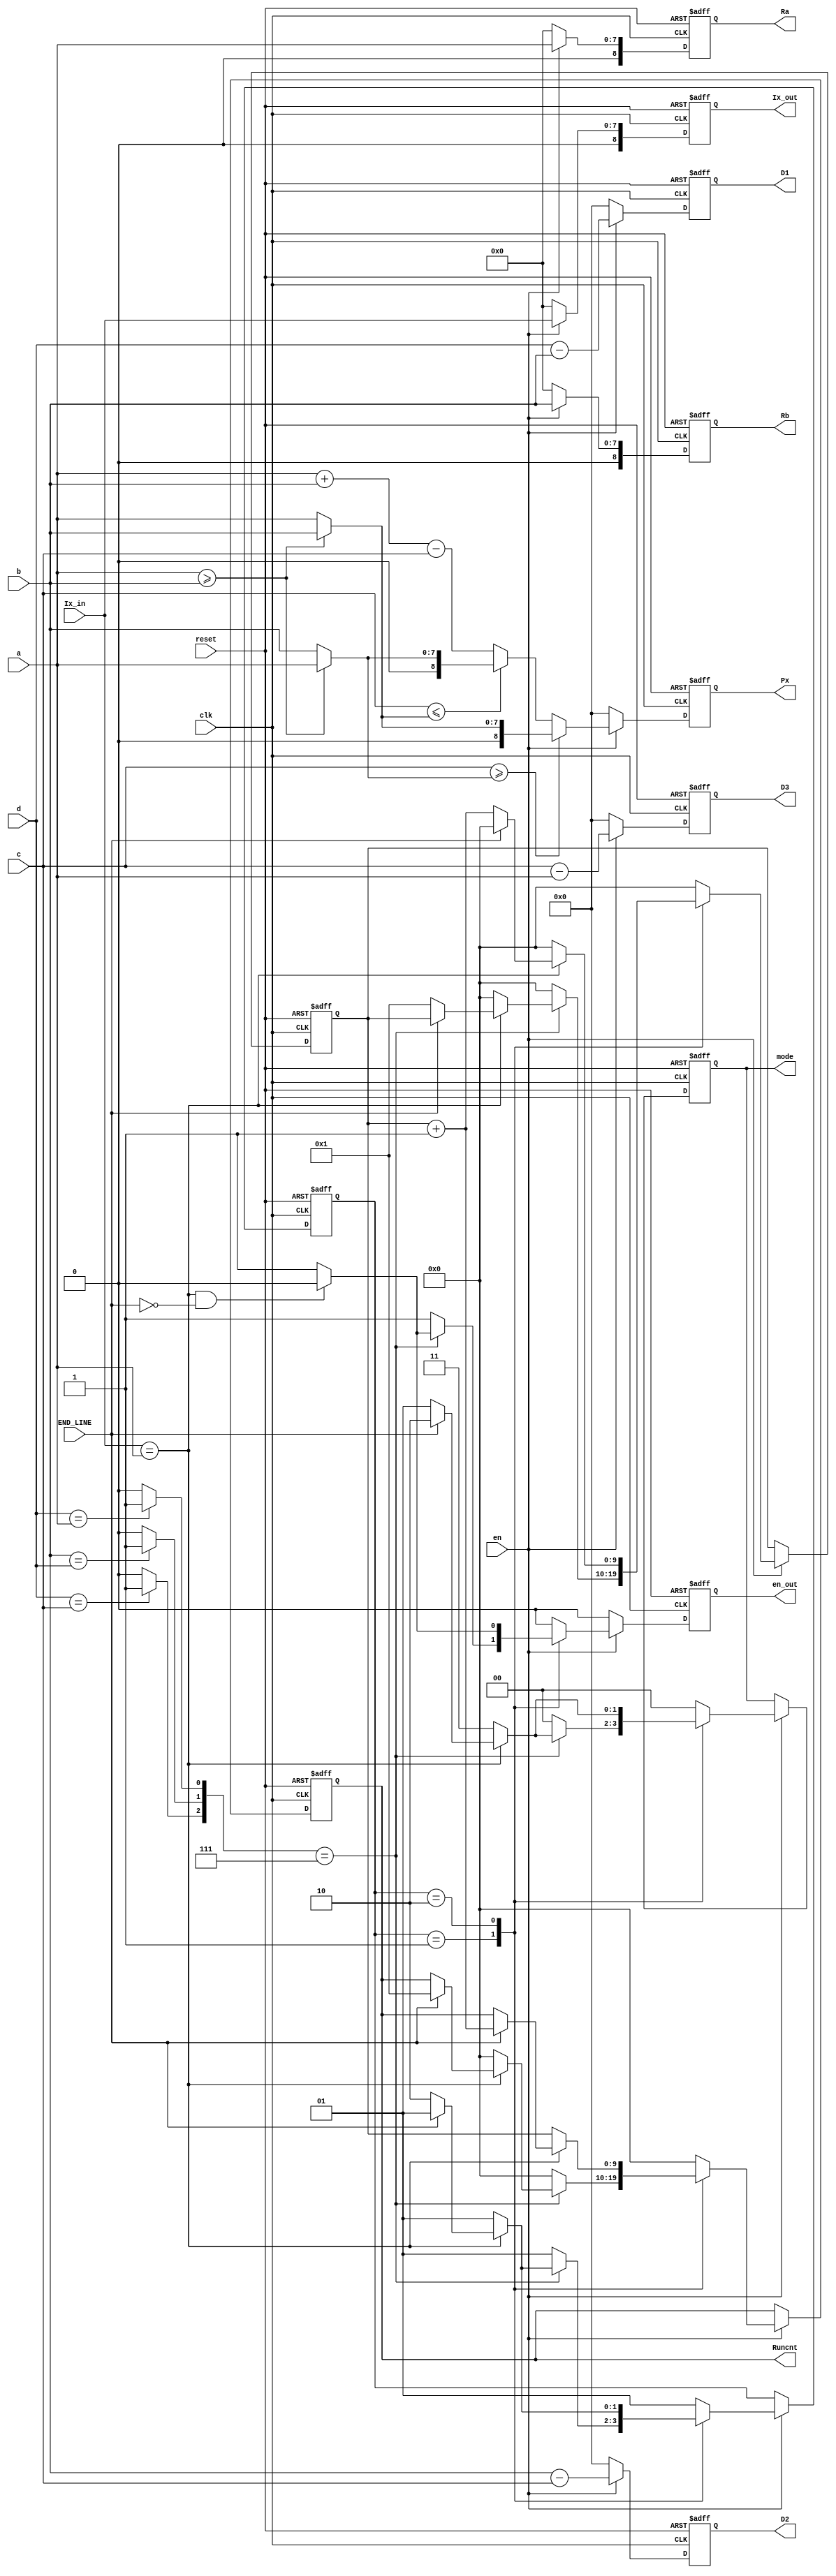
module mode_decide(clk, reset, en,END_LINE,
                   Ix_in, a, b, c, d,
				   D1,D2,D3,
				   mode,Px,Ix_out,Runcnt,Ra,Rb,en_out);
    input clk;
    input reset;
    input en;
	input END_LINE;// if '1',stand for the last pixel of line
    input  [7:0] Ix_in;
    input  [7:0] a;
	input  [7:0] b;
	input  [7:0] c;
	input  [7:0] d;
	
	output [8:0] D1;
	output [8:0] D2;
	output [8:0] D3;
    output [1:0] mode;
    output [8:0] Px;
	output [8:0] Ix_out;
	output [9:0] Runcnt;
	output [8:0] Ra;
	output [8:0] Rb;
	output en_out;
	 
	reg [8:0] D1;
	reg [8:0] D2;
	reg [8:0] D3;
    reg [1:0] mode;  // mode=0:it's regular mode
	                 // mode=1:it's in run mode
					 // mode=2:jump form run mode because of END_LINE
					 // mode=3:jump form run mode because of another pixel
    reg [8:0] Px;
	reg [8:0] Ix_out;
	reg [9:0] Runcnt;
	reg [9:0] Runcnt_tmp;
	reg [8:0] Ra;
	reg [8:0] Rb;
	reg en_out;
	
	wire [8:0] Max;
	wire [8:0] Min;
	 
	wire value1;
	wire value2;
	wire value3;
	wire [2:0] cont;
	
	reg [1:0] state;
	 
	parameter  Idle=2'b01,
	           Run=2'b10;

	
	assign #1 Max=(a>=b)?a:b;
	assign #1 Min=(a>=b)?b:a;
	 
	assign #1 value1=(d==c)?1:0;
	assign #1 value2=(b==d)?1:0;
	assign #1 value3=(d==a)?1:0;
	assign #1 cont={value1,value2,value3};
	
	
	
	// calculate rude Px value;
	 always@(posedge clk or negedge reset)
	 if(!reset)
		Px<=0;
	 else if(en)
	 begin      
		if(c>=Max)
			Px<=Min;
		else if(c<=Min)
			Px<=Max;
         else
			Px<=a+b-c;			
	 end	
	 else Px<=0;
	
	// register Ix,Ra,Rb;
	always@(posedge clk or negedge reset)
	if(!reset) begin
	Ix_out<=0;
	Ra<=0;
	Rb<=0;
	end
	else if(en) begin
	Ix_out<=Ix_in;
	Ra<=a;
	Rb<=b;
	end
	else begin
	Ix_out<=0;
	Ra<=0;
	Rb<=0;
	end
	
	// calculate local gradient
	always@(posedge clk or negedge reset)
	if(!reset) begin
		D1<=0;
		D2<=0;
		D3<=0;
		end
	else if(en) begin
		D1<=d-b;
		D2<=b-c;
		D3<=c-a;
		end
	else begin
		D1<=0;
		D2<=0;
		D3<=0;
		end
	//generate en_out signal
	always@(posedge clk or negedge reset)
	if(!reset)
	  en_out<=0;
	 else if(en)
		case(state)
		Idle:begin
	      if(cont==3'b111)
				begin
			   if((Ix_in==a)&&(END_LINE==0))
			       en_out<=0;
			    else
				   en_out<=1;
				end
			 else
			    en_out<=1;
			end
		 Run:begin
	     if((Ix_in==a)&&(END_LINE==0))
			  en_out<=0;
			 else
			  en_out<=1;
			  end
	   default: en_out<=0;
		endcase
	 else
	    en_out<=0;
	
	
//mode register recoding and mode deciding
always@(posedge clk or negedge reset)
	 if(!reset)
	 begin
	 state<=Idle;
	 mode<=0;
	 Runcnt<=0;
	 Runcnt_tmp<=0;
	 end
	 else
	 if(en) begin 
	 case(state)
	 Idle:begin
	      if(cont==3'b111) begin
			    if(Ix_in==a)
				  begin				  
				  if(END_LINE)
				    begin
				    mode<=2'b10;
					 state<=Idle;
					 Runcnt<=1;
					 end
					else
					 begin
					 mode<=2'b01;
					 state<=Run;
					 Runcnt_tmp<=1;
					 end
				  end
				 else
				  begin
					mode<=2'b11;
				   Runcnt_tmp<=0;
			      Runcnt<=0; 				  
			      state<=Idle;
				  end
				end
         else
            begin
				  mode<=2'b00;
				  Runcnt_tmp<=0; 
			     Runcnt<=0;
				  state<=Idle;
            end 
			end
	 Run:begin
	     if(Ix_in==a)
		
			if(END_LINE)
			 begin
			 Runcnt<=Runcnt_tmp+1;
			 Runcnt_tmp<=0;
			 mode<=2'b10;
			 state<=Idle;
			 end
		   else
			 begin
			 Runcnt_tmp<=Runcnt_tmp+1;
			 mode<=2'b01;
			 state<=Run;
			 end
			 
		  else
		   begin		 
			Runcnt<=Runcnt_tmp;
			Runcnt_tmp<=0;
			mode<=2'b11;
			state<=Idle;
		   end
	          		  
		 end
	 default:
	        begin
	        state<=Idle;
			  Runcnt<=0;
	        Runcnt_tmp<=0;
	        mode<=0;
			  end
			endcase
	 
	 
	 end
endmodule